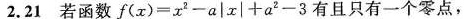
2.21若函数$$f ( x ) = x ^ { 2 } - a | x | + a ^ { 2 } - 3$$有且只有一个零点，